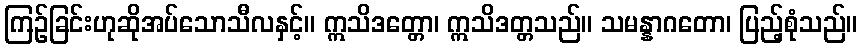
ကြဉ်ခြင်းဟုဆိုအပ်သောသီလနှင့်။ ဣသိဒတ္တော၊ ဣသိဒတ္တသည်။ သမန္နာဂတော၊ ပြည့်စုံသည်။